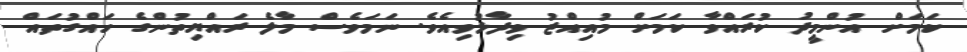
ކަަމަށް އުންމީދު ކުރައްވާ ކަމަށް މުއިއްޒު ވިދާޅުވިއެވެ. ނަމަވެސް މާލެ ރައްޔިތުންގެ ހައްގުތައް